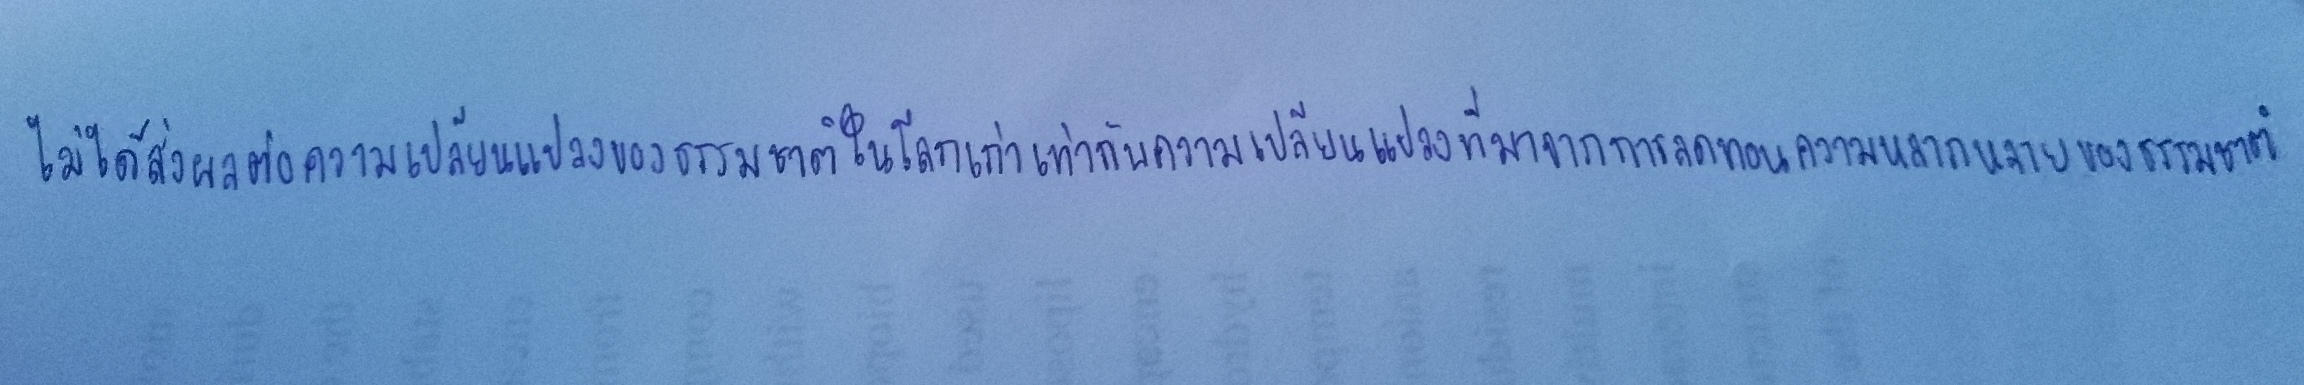
ไม่ได้ส่งผลต่อความเปลี่ยนแปลงของธรรมชาติในโลกเก่าเท่ากับความเปลี่ยนแปลงที่มาจากการลดทอนความหลากหลายของธรรมชาติ